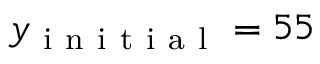
y _ { \mathrm { ~ i ~ n ~ i ~ t ~ i ~ a ~ l ~ } } = 5 5